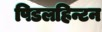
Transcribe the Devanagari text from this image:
पिडलहिन्टन